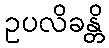
ဥပလိခန္တိ